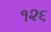
૧૨૬